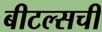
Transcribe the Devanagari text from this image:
बीटल्सची